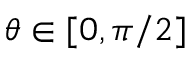
\theta \in [ 0 , \pi / 2 ]